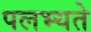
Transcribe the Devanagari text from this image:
पलभ्यते